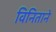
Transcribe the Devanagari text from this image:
विनिताने